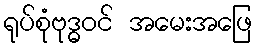
ရုပ်စုံဗုဒ္ဓဝင် အမေးအဖြေ